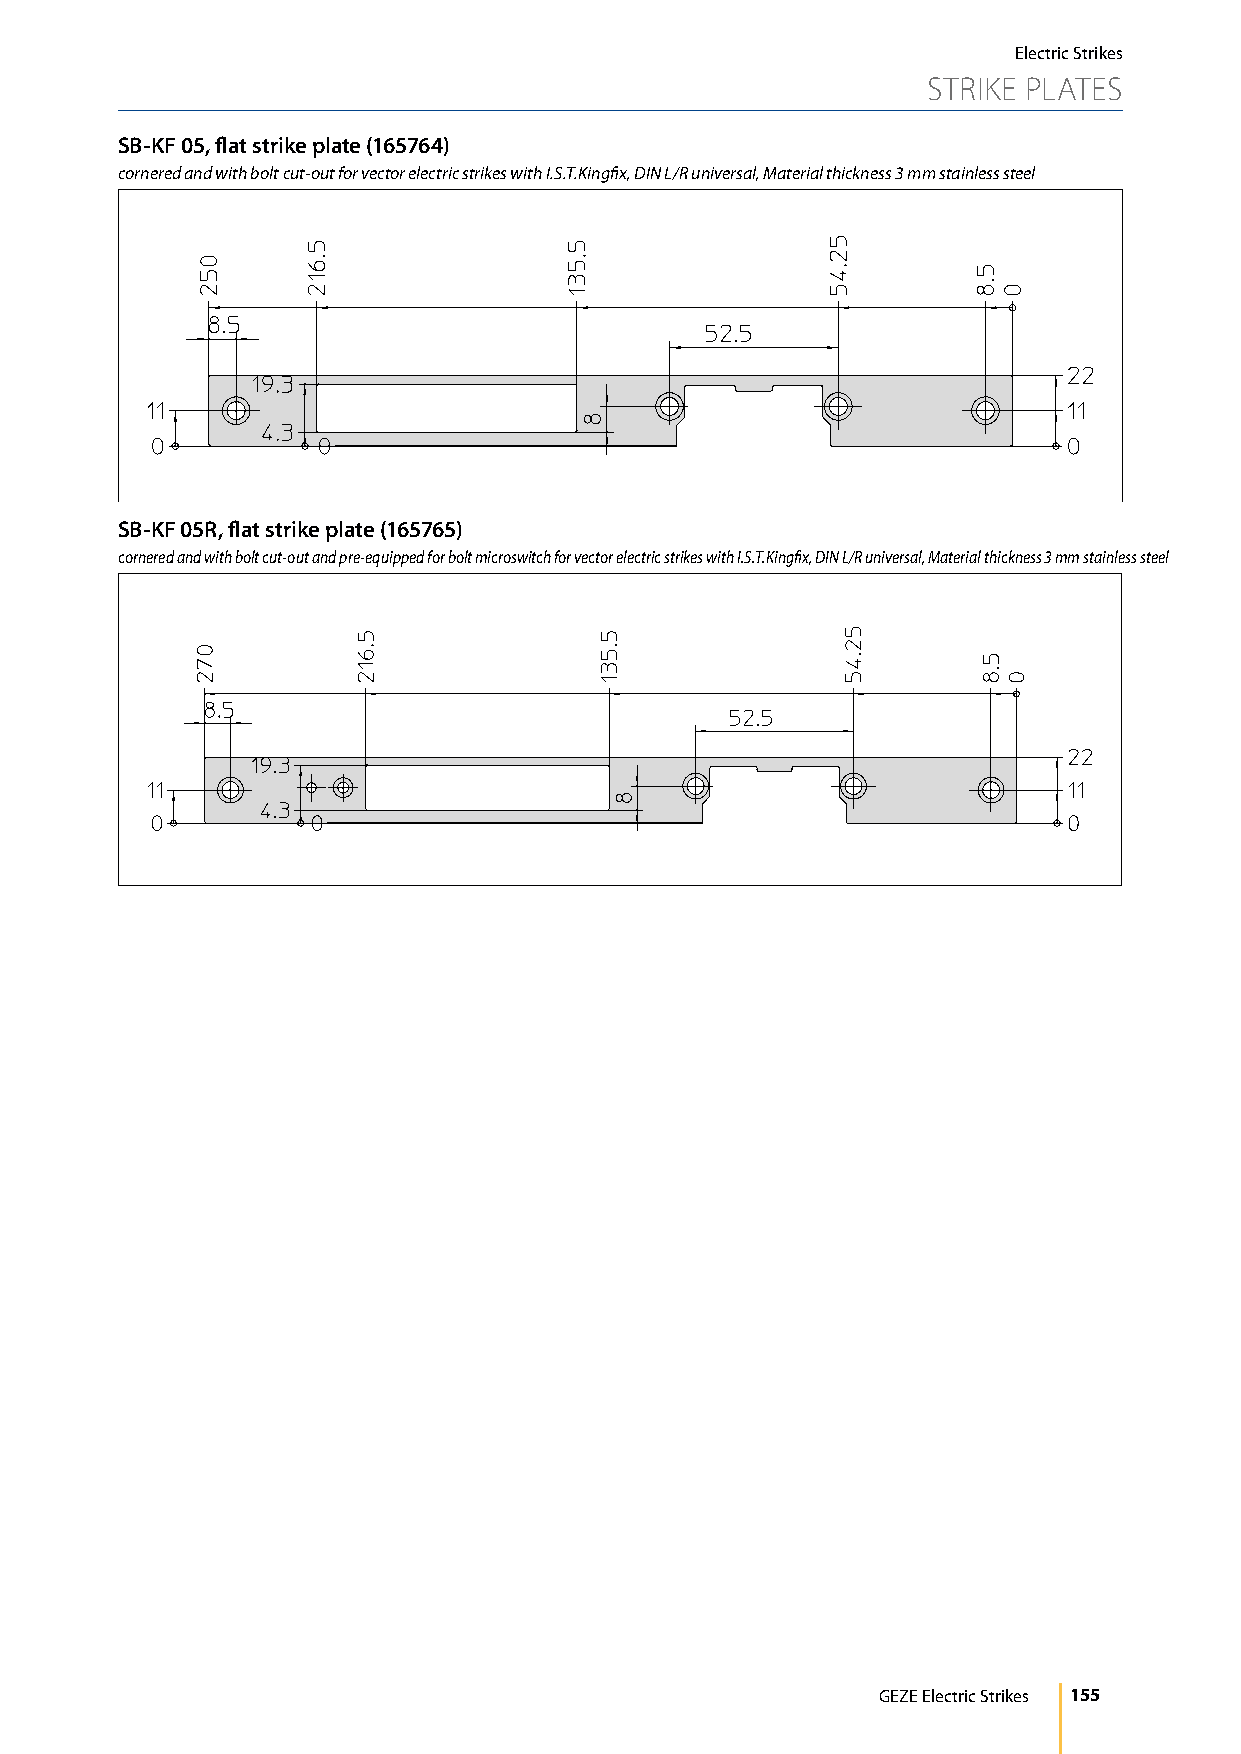
Electric Strikes
 STRIKE PLATES
 SB-KF 05, flat strike plate (165764)
 cornered and with bolt cut-out for vector electric strikes with I.S.T.Kingfix, DIN L/R universal, Material thickness 3 mm stainless steel
 SB-KF 05R, flat strike plate (165765)
 cornered and with bolt cut-out and pre-equipped for bolt microswitch for vector electric strikes with I.S.T.Kingfix, DIN L/R universal, Material thickness 3 mm stainless steel
 GEZE Electric Strikes 155